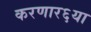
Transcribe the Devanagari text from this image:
करणार६या